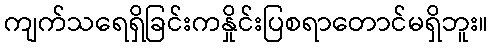
ကျက်သရေရှိခြင်းကနှိုင်းပြစရာတောင်မရှိဘူး။